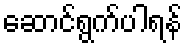
ဆောင်ရွက်ပါရန်